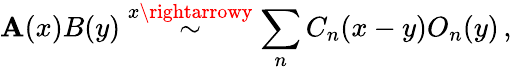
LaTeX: \mathbf{A}(x)B(y)\stackrel{x\rightarrowy}{\sim}\sum_{n}C_{n}(x-y)O_{n}(y)\, ,